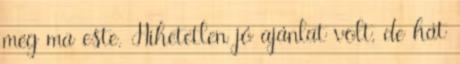
még ma este. Hihetetlen jó ajánlat volt, de hát